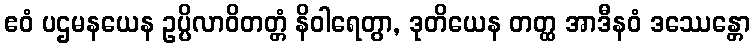
ဧဝံ ပဌမနယေန ဥပ္ပိလာဝိတတ္တံ နိဝါရေတွာ, ဒုတိယေန တတ္ထ အာဒီနဝံ ဒဿေန္တော